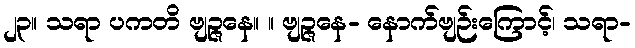
၂၃။ သရာ ပကတိ ဗျဉ္ဇနေ။ ။ ဗျဉ္ဇနေ- နောက်ဗျဉ်းကြောင့်၊ သရာ-